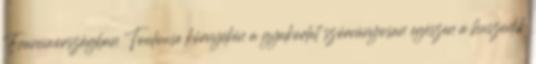
Franciaországban Toulouse környékén a gyakorlat szórványosan egészen a huszadik